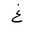
Letter: _gayn